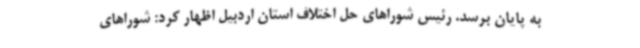
به پایان برسد. رئیس شوراهای حل اختلاف استان اردبیل اظهار کرد: شوراهای